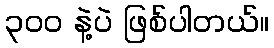
၃၀၀ နဲ့ပဲ ဖြစ်ပါတယ်။